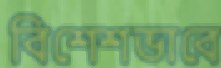
বিশেশভাবে